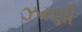
ઝરણી